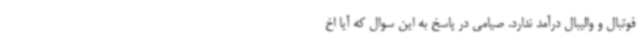
فوتبال و والیبال درآمد ندارد. صیامی در پاسخ به این سوال که آیا اخ